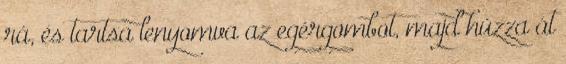
rá, és tartsa lenyomva az egérgombot, majd húzza át